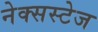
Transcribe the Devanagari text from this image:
नेक्सस्टेज